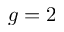
{ g = 2 }